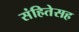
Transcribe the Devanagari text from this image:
संहितेसह